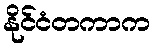
နိုင်ငံတကာက